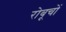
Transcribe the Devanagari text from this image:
रोबूचों